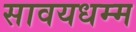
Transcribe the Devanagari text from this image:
सावयधम्म